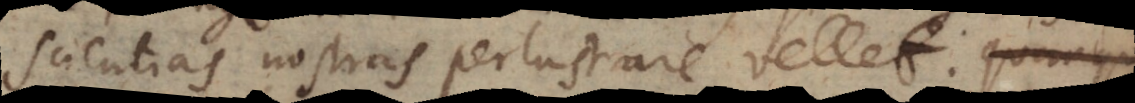
scientias nostras perlustrare vellet.